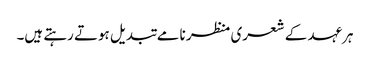
ہرعہد کے شعری منظر نامے تبدیل ہوتے رہتے ہیں۔